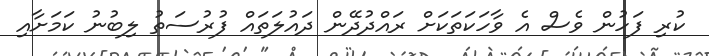
ކުރި ފަހުން ވެސް އެ ވާހަކަތަކަށް ރައްދުދޭން ދައުލަތައް ފުރުސަތު ލިބުނު ކަމަށާއި